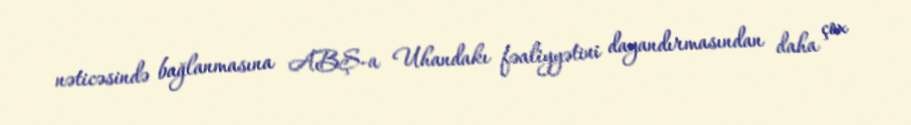
nəticəsində bağlanmasına ABŞ-a Uhandakı fəaliyyətini dayandırmasından daha çox